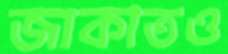
জাকাতও